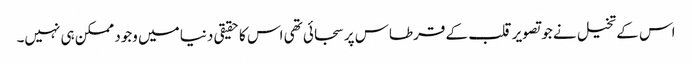
اس کے تخیل نے جو تصویر قلب کے قرطاس پر سجائی تھی اس کا حقیقی دنیا میں وجود ممکن ہی نہیں۔